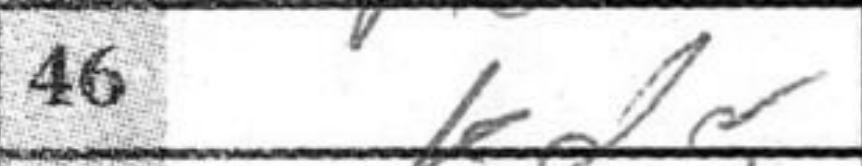
Transcription: Kd5